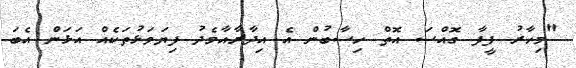
"މިހާރު ފީފާ ގޮއްސަ އޮތް ހިސާބުން އެ އިދާރާއާމެދު ފިޔަވަޅުތަކެއް އަޅަން އެބަ